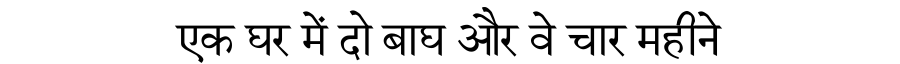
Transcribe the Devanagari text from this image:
एक घर में दो बाघ और वे चार महीने